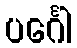
ပင်္ဂေါ